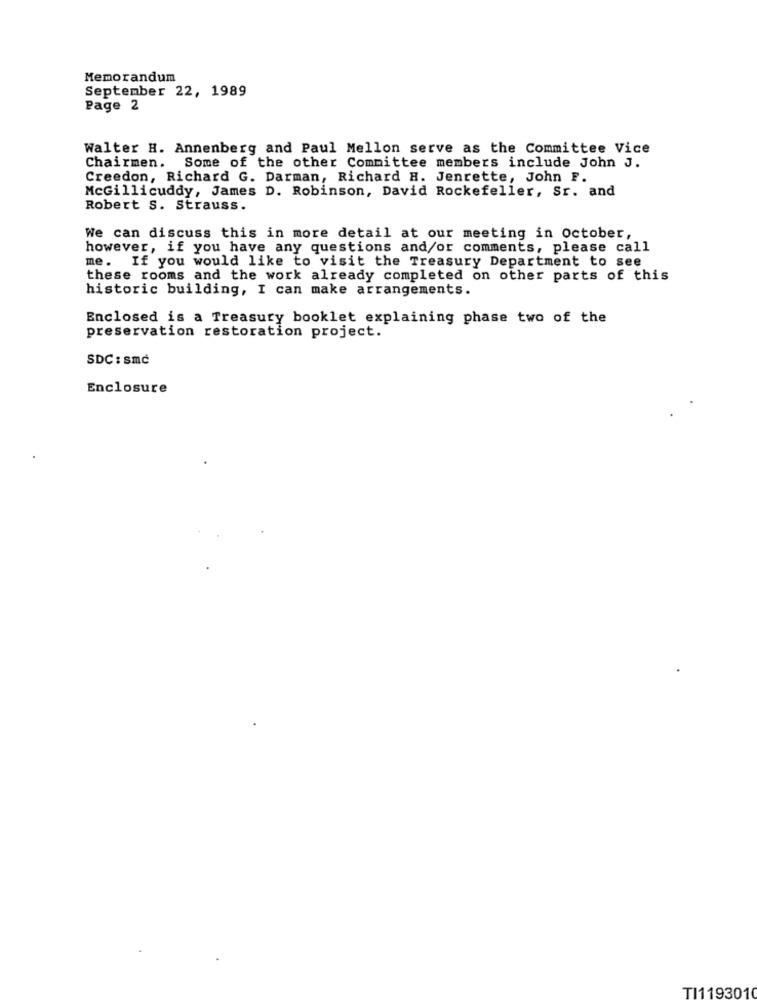
Memorandum
September 22, 1989
Page 2
Walter H. Annenberg and Paul Mellon serve as the Committee Vice
Chairmen.
Some of the other Committee members include John J.
Creedon, Richard G. Darman, Richard H. Jenrette, John F.
McGillicuddy, James D. Robinson, David Rockefeller, Sr. and
Robert S. Strauss.
We can discuss this in more detail at our meeting in October,
however, if you have any questions and/or comments, please call
me. If you would like to visit the Treasury Department to see
these rooms and the work already completed on other parts of this
historic building, I can make arrangements.
Enclosed is a Treasury booklet explaining phase two of the
preservation restoration project.
SDC: smc
Enclosure
TI119301